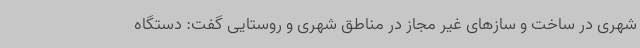
شهری در ساخت و سازهای غیر مجاز در مناطق شهری و روستایی گفت: دستگاه